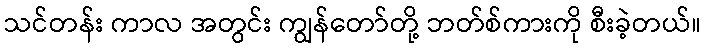
သင်တန်း ကာလ အတွင်း ကျွန်တော်တို့ ဘတ်စ်ကားကို စီးခဲ့တယ်။